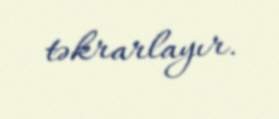
təkrarlayır.